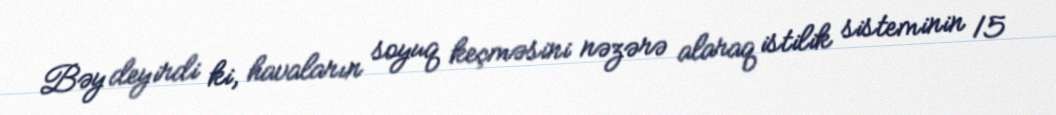
Bəy deyirdi ki, havaların soyuq keçməsini nəzərə alaraq istilik sisteminin 15